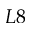
L 8